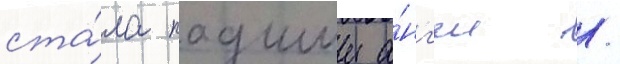
ста́ла падшии а́нг'ел /